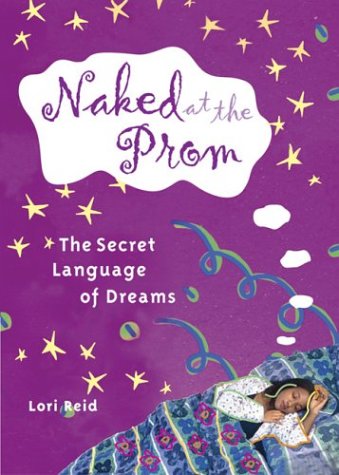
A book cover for Naked at the Prom: The Secret Language of Dreams; Lori Reid; Teen & Young Adult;